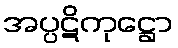
အပ္ပဋိကုဋ္ဌော